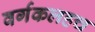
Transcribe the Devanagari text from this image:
वर्गकलहच